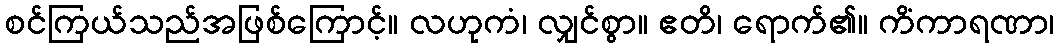
စင်ကြယ်သည်အဖြစ်ကြောင့်။ လဟုကံ၊ လျှင်စွာ။ ဧတိ၊ ရောက်၏။ ကိံကာရဏာ၊